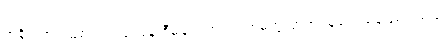
အစိုးရအဖွဲ့သစ်တွင် လုပ်ငန်းစီမံချက်အား ရဟမတွလ္လာဟ် သုတေသနဖြစ်ပါသည်